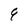
Character: q